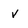
Character: v